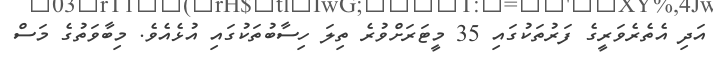
އަދި އެތެރެވަރީގެ ފަރުތަކުގައި 35 މީޓަރަށްވުރެ ތިލަ ހިސާބުތަކުގައި އުޅެއެވެ. މިބާވަތުގެ މަސް